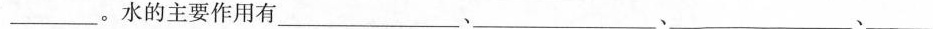
___。水的主要作用有___、___、___、___